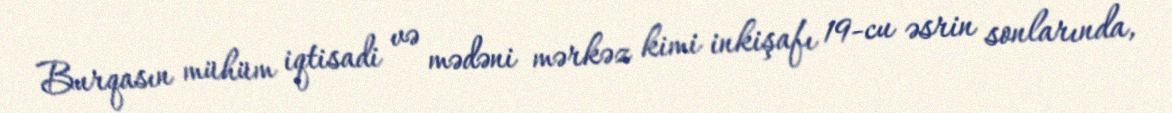
Burqasın mühüm iqtisadi və mədəni mərkəz kimi inkişafı 19-cu əsrin sonlarında,